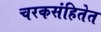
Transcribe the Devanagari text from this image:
चरकसंहितेत